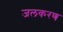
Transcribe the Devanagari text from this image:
जलकरण